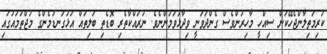
ކުރިމަތިލާންޖެހޭކަން ސިއްހީ މާހިރުންވެސް ގެންދަވަނީ ވިދާޅުވަމުންނެވެ. ނުރައްކާތެރި ބޮޑެތި ބަލިތައް އަޅުގަނޑުމެންގެ މުޖްތަމައުގައި